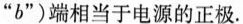
“b”)端相当于电源的正极。